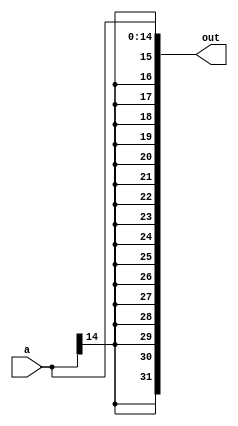
`timescale 1ns / 1ps
//////////////////////////////////////////////////////////////////////////////////
// Company: 
// Engineer: 
// 
// Design Name: 
// Module Name: sign_extend
// Project Name: 
// Target Devices: 
// Tool Versions: 
// Description: 
// 
// Dependencies: 
// 
// Revision:
// Revision 0.01 - File Created
// Additional Comments:
// 
//////////////////////////////////////////////////////////////////////////////////


module sign_extend(
    input [14:0] a,
    output [31:0] out
    );
assign out = {{17{a[14]}},a[14:0]};

    
endmodule